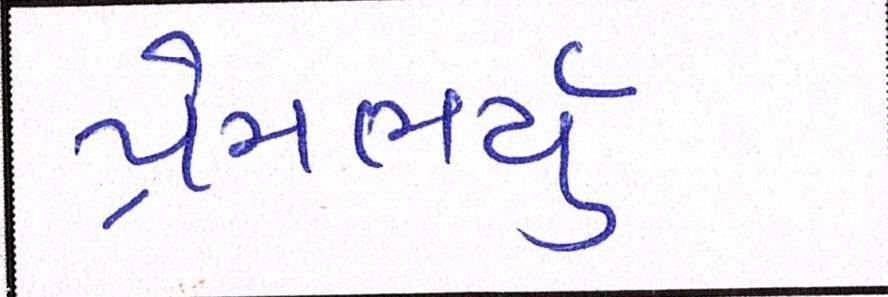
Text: પ્રેમભર્યું